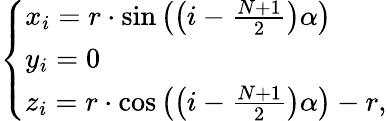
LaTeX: \left\{ \begin{array}{ll}{x_{i}=r\cdot\sin\left(\left(i-\frac{N+1}{2}\right)\alpha\right)}\\ {y_{i}=0}\\ {z_{i}=r\cdot\cos\left(\left(i-\frac{N+1}{2}\right)\alpha\right)-r,}\end{array}\right.